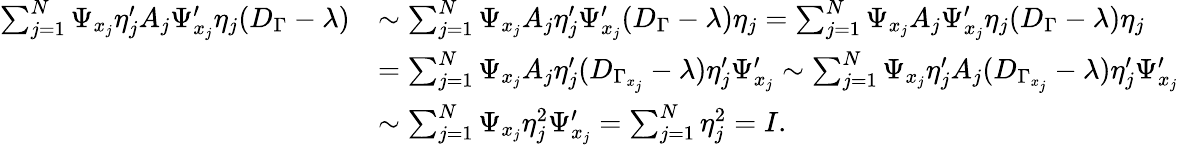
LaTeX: \begin{array}{rl}{\sum_{j=1}^{N}\Psi_{x_{j}}\eta_{j}^{\prime}A_{j}\Psi_{x_{j}}^{\prime}\eta_{j}(D_{\Gamma}-\lambda)}&{\sim\sum_{j=1}^{N}\Psi_{x_{j}}A_{j}\eta_{j}^{\prime}\Psi_{x_{j}}^{\prime}(D_{\Gamma}-\lambda)\eta_{j}=\sum_{j=1}^{N}\Psi_{x_{j}}A_{j}\Psi_{x_{j}}^{\prime}\eta_{j}(D_{\Gamma}-\lambda)\eta_{j}}\\ &{=\sum_{j=1}^{N}\Psi_{x_{j}}A_{j}\eta_{j}^{\prime}(D_{\Gamma_{x_{j}}}-\lambda)\eta_{j}^{\prime}\Psi_{x_{j}}^{\prime}\sim\sum_{j=1}^{N}\Psi_{x_{j}}\eta_{j}^{\prime}A_{j}(D_{\Gamma_{x_{j}}}-\lambda)\eta_{j}^{\prime}\Psi_{x_{j}}^{\prime}}\\ &{\sim\sum_{j=1}^{N}\Psi_{x_{j}}\eta_{j}^{2}\Psi_{x_{j}}^{\prime}=\sum_{j=1}^{N}\eta_{j}^{2}=I.}\end{array}